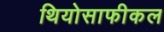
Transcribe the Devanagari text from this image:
थियोसाफीकल